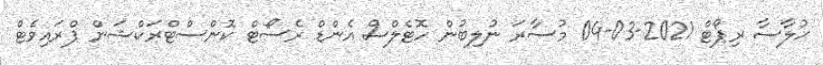
ޙުލާސާ ރިޕޯޓް 2021-03-04 މުސާރަ ނުލިބުން ހޮޓެލްސް އެންޑް ރެސޯޓް ކޮންސްޓްރަކްޝަން ޕްރައިވެޓް